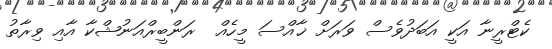
ކެޓްރީނާ އަކީ އަބަދުވެސް ވަރަށް ޚާއްސަ މީހެއް  ރަންބީރްއަނުޝްކާ އާއި ވިރާތު